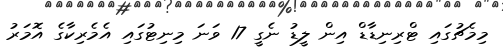
މިމެޗުގައި ޓްރިނިޑާޑް އިން ލީޑު ނެގީ 17 ވަނަ މިނިޓުގައި އެމެރިކާގެ އޮމަރު